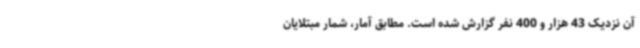
آن نزدیک 43 هزار و 400 نفر گزارش شده است. مطابق آمار، شمار مبتلایان